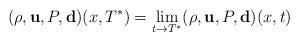
LaTeX: \begin{align*}(\rho,\mathbf{u},P,\mathbf{d})(x,T^{*})= \lim_{t\rightarrow T^{*}}(\rho,\mathbf{u},P,\mathbf{d})(x,t)\end{align*}